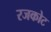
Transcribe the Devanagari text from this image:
रजकोट